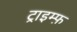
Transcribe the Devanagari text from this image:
ट्राइम्फ़